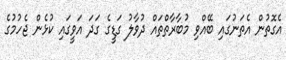
އެގޮތުން އެތަނުގައި ބޭއްވި މުބާރާތްތައް ދުވާލު ގަޑީގެ ގަދަ އަވީގައި ކުޅެން ޖެހުމުގެ